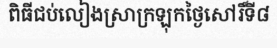
ពិធីជប់លៀងស្រាក្រឡុកថ្ងៃសៅរិ៍ទី៨